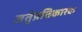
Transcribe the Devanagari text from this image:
जतुंप्रतिकारक